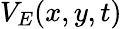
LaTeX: V_{E}(x,y,t)